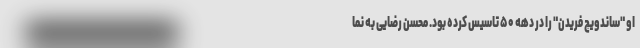
او "ساندویچ فریدن" را در دهه ۵۰ تاسیس کرده بود. محسن رضایی به نما